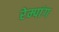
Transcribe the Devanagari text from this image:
रेम्पांग